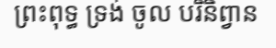
ព្រះពុទ្ធ ទ្រង់ ចូល បរិនិព្វាន